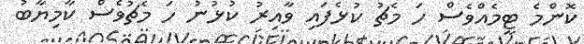
ކޮންމެ ޓީމެއްވެސް ހަ މެޗު ކުޅެފައި ވާއިރު ކުޅުނު ހަ މެޗުވެސް ކާމިޔާބު